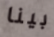
بينا